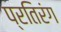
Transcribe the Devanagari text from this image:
प्रतिरंग